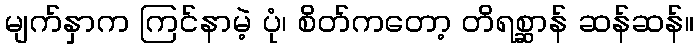
မျက်နှာက ကြင်နာမဲ့ ပုံ၊ စိတ်ကတော့ တိရစ္ဆာန် ဆန်ဆန်။